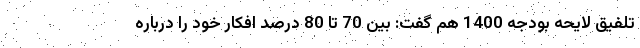
تلفیق لایحه بودجه 1400 هم گفت: بین 70 تا 80 درصد افکار خود را درباره